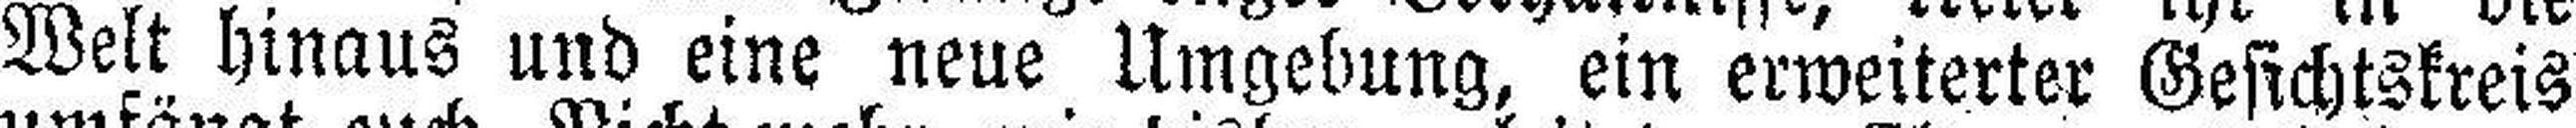
Welt hinaus und eine neue Umgebung, ein erweiterter Gesichtskreis